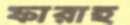
ফারাহ